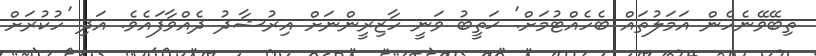
ތިބޭވޭނެހެން އަމަލުތައް ބެހެއްޓުމަށް.' ޚަތީބު ވަނީ ހާޒިރީންނަށް އިރުޝާދު ދެއްވާފައެވެ. އަދި 'ހުކުރަށް